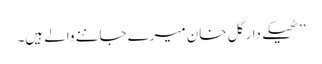
’’ٹھیکے دار گل خان میرے جاننے والے ہیں۔